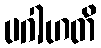
ပဂါဟတိ